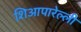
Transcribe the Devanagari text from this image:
शिआपारेल्ली